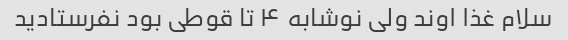
سلام غذا اوند ولی نوشابه ۴ تا قوطی بود نفرستادید